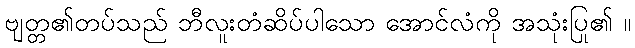
ဗျတ္တ၏တပ်သည် ဘီလူးတံဆိပ်ပါသော အောင်လံကို အသုံးပြု၏ ။